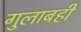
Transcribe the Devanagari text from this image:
गुलाबही